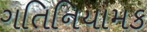
ગતિનિયામક